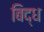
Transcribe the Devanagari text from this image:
बिद्ध